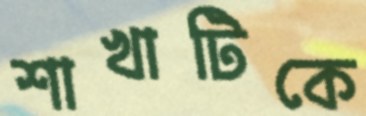
শাখাটিকে